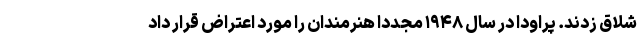
شلاق زدند. پراودا در سال ۱۹۴۸ مجددا هنرمندان را مورد اعتراض قرار داد